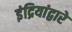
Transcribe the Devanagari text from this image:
इंद्रियांद्वारे